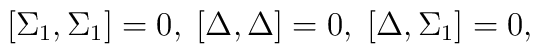
\lbrack\Sigma_{1},\Sigma_{1}]=0,\;[\Delta,\Delta]=0,\;[\Delta,\Sigma_{1}]=0,